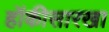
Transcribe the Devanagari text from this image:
हॉकीसारखा